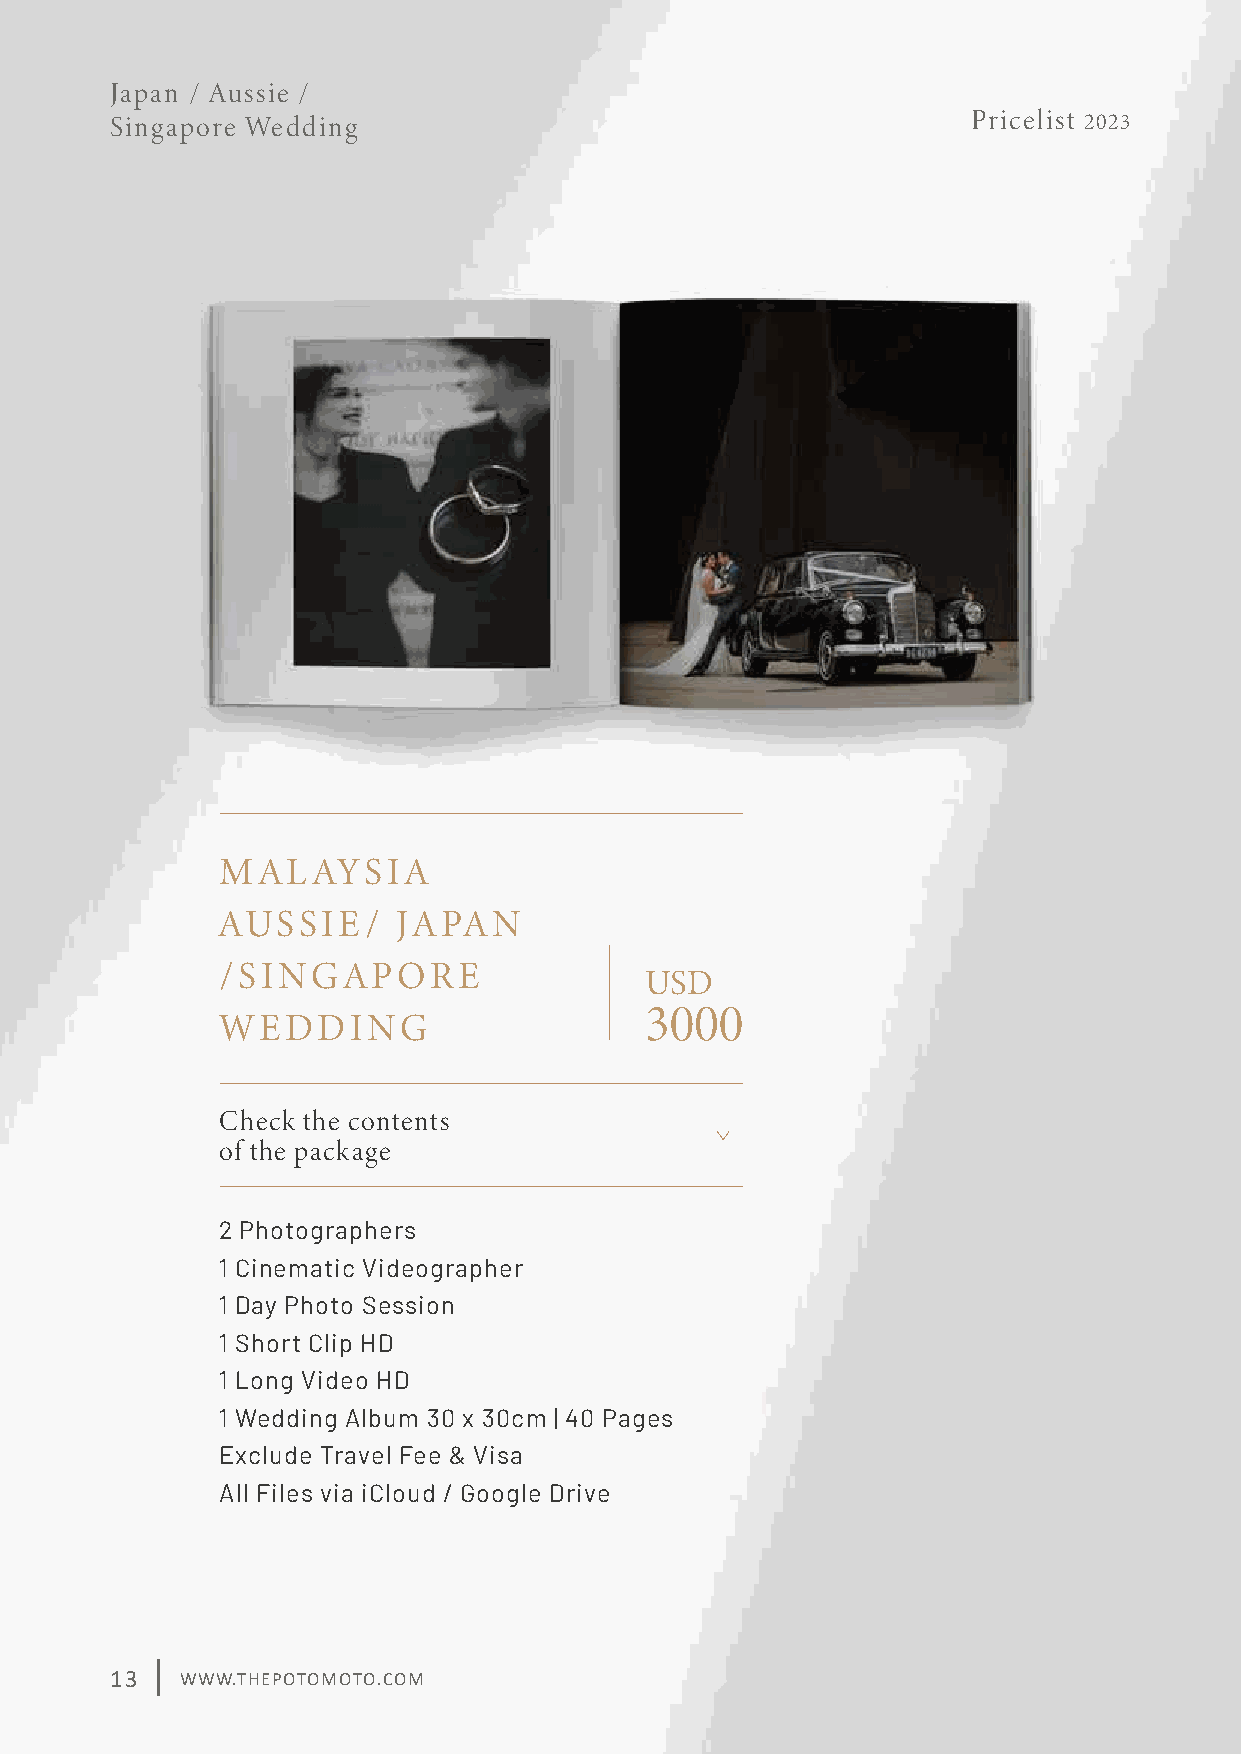
Japan / Aussie /
 Singapore Wedding                                        Pricelist 2023
 MAL   AYSIA
 AUSSIE/    JAPAN
 /SINGAPORE
 USD
 3000
 WEDDING
 Check the contents
 of the package
 2 Photographers
 1 Cinematic Videographer
 1 Day Photo Session
 1 Short Clip HD
 1 Long Video HD
 1 Wedding Album 30 x 30cm | 40 Pages
 Exclude Travel Fee & Visa
 All Files via iCloud / Google Drive
 13   WWW.THEPOTOMOTO.COM